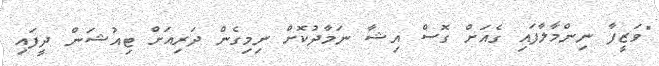
"ވަޒީފާ ނިންމާލާފައި ގެއަށް ގޮސް އިޝާ ނަމާދުކޮށް ނިމިގެން ދަރިއަށް ޓިއުޝަން ދީފައި